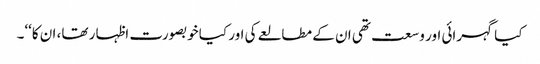
کیا گہرائی اور وسعت تھی ان کے مطالعے کی اور کیا خوبصورت اظہار تھا، ان کا‘‘۔